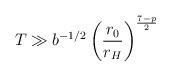
LaTeX: \begin{align*} \ T \gg b^{-1/2} \left(\frac{r_0}{r_H} \right)^{\frac{7-p}{2}}\end{align*}